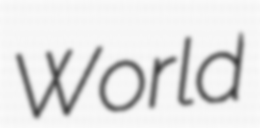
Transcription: World